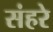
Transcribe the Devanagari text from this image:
संहरे